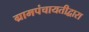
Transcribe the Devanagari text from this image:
ग्रामपंचायतीद्वारा